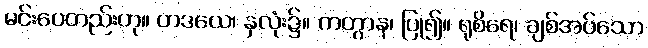
မင်းပေတည်းဟု။ ဟဒယေ၊ နှလုံး၌။ ကတွာန၊ ပြု၍။ ရုစိရေ၊ ချစ်အပ်သော